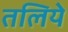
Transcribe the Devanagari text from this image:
तलिये